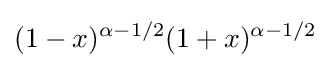
(1-x)^{\alpha -1/2}(1+x)^{\alpha -1/2}